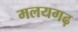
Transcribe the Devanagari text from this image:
मलयगढ़